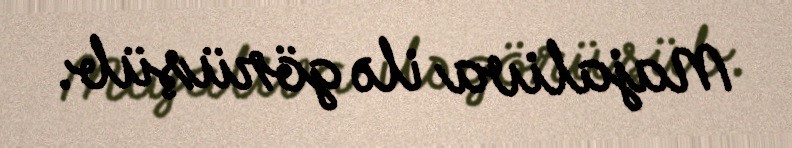
Majaliva ilə görüşüb.